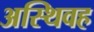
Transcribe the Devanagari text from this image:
अस्थिवह